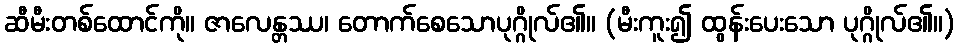
ဆီမီးတစ်ထောင်ကို။ ဇာလေန္တဿ၊ တောက်စေသောပုဂ္ဂိုလ်၏။ (မီးကူး၍ ထွန်းပေးသော ပုဂ္ဂိုလ်၏။)